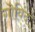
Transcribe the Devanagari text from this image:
गॊविंद